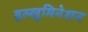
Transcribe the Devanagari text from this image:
इल्लुमिनेशन